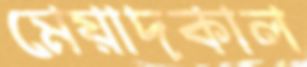
মেয়াদকাল